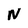
Character: N